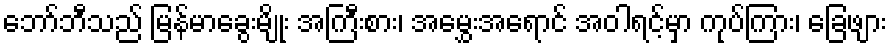
ဘော်ဘီသည် မြန်မာခွေးမျိုး အကြီးစား၊ အမွှေးအရောင် အဝါရင့်မှာ ကုပ်ကြား၊ ခြေဖျား